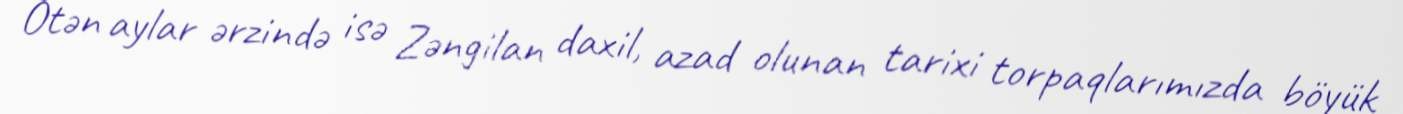
Ötən aylar ərzində isə Zəngilan daxil, azad olunan tarixi torpaqlarımızda böyük